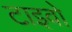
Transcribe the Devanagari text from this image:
टाइवो